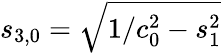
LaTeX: s_{3,0}=\sqrt{1/c_{0}^{2}-s_{1}^{2}}